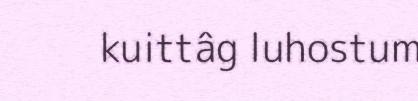
kuittâg luhostum